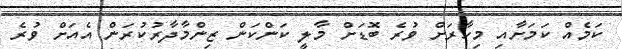
ކަމެއް ކަމަށާއި މިހާރަށް ވުރެ ބޮޑަށް މާލީ ކަންކަން ޒިންމާދާރުކުރަން އެއަށް ވުރެ